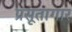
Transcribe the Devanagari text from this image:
प्रसूतागार